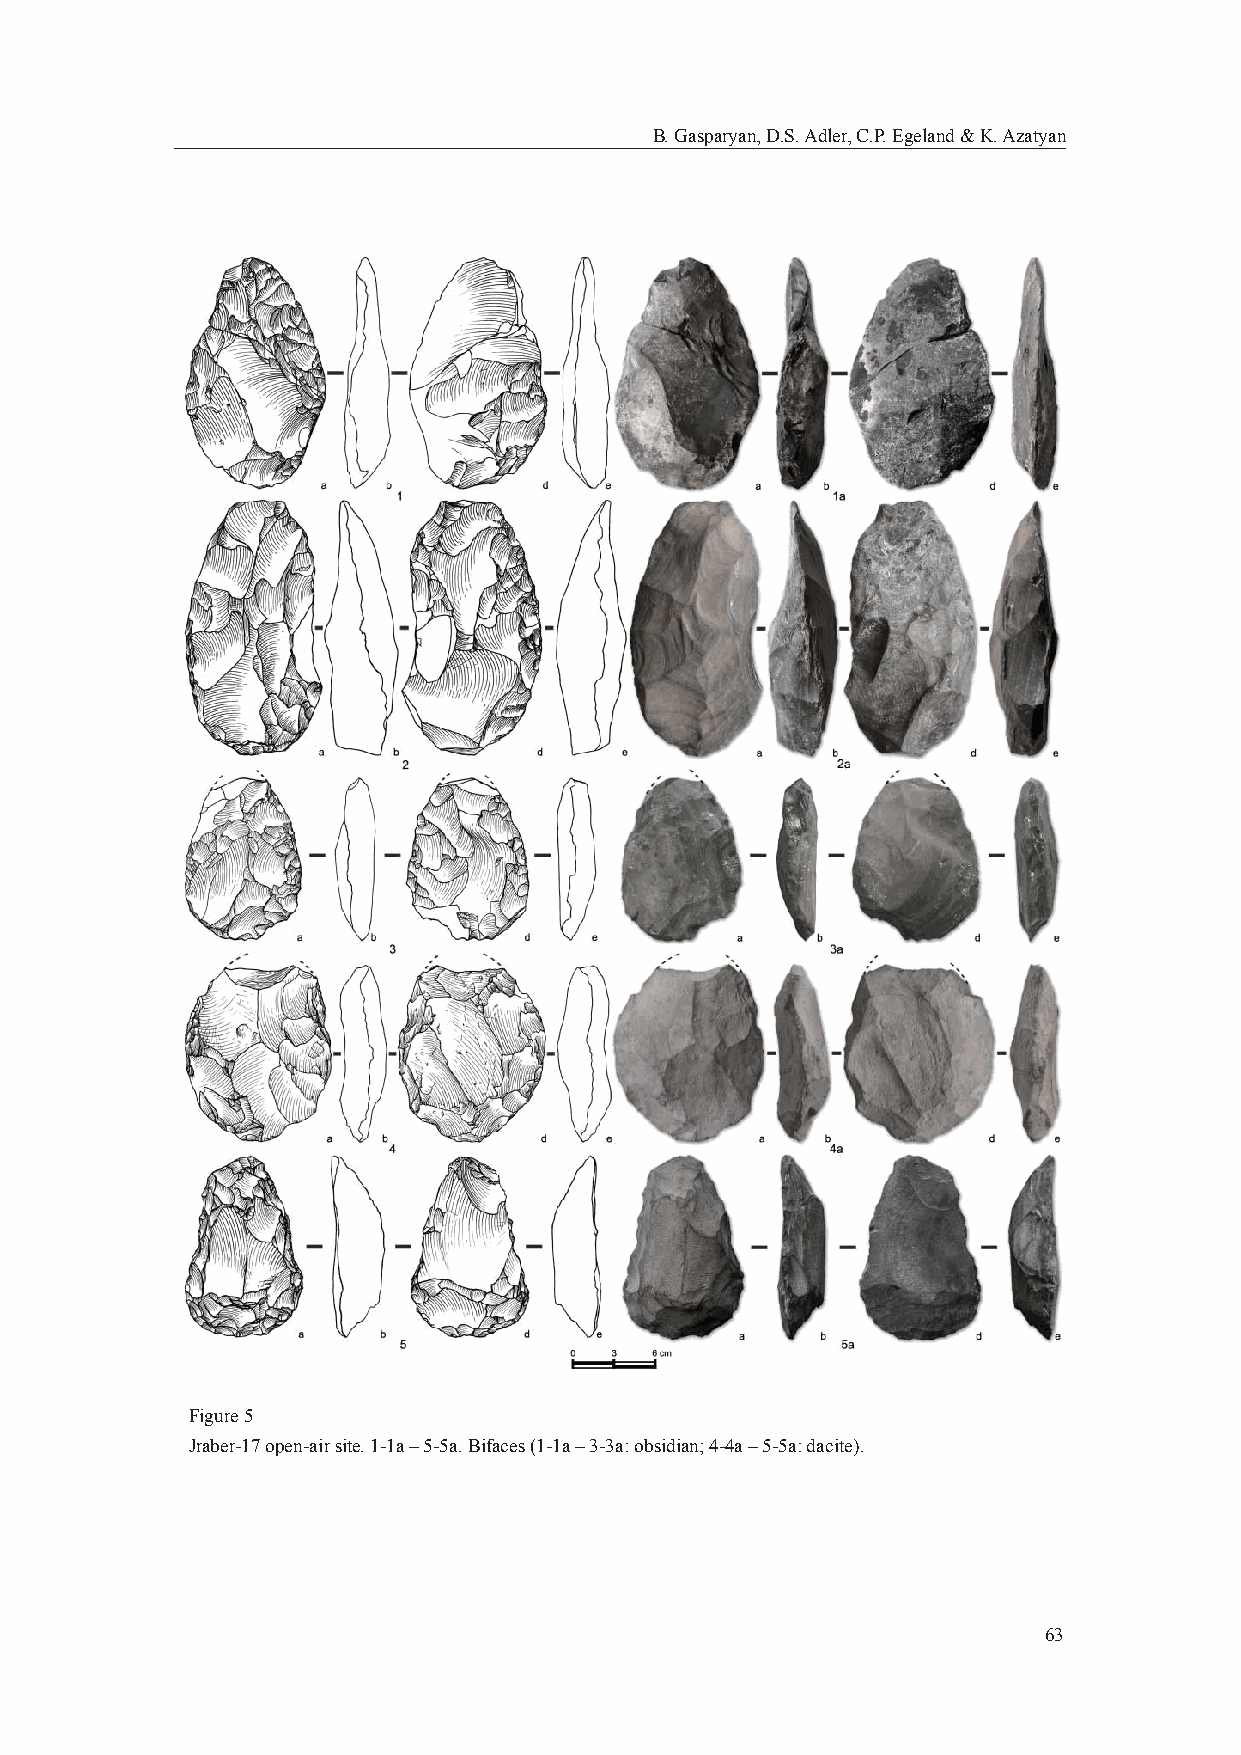
B. Gasparyan, D.S. Adler, C.P. Egeland & K. Azatyan
 Figure 5
 Jraber-17 open-air site. 1-1a – 5-5a. Bifaces (1-1a – 3-3a: obsidian; 4-4a – 5-5a: dacite).
 63